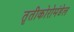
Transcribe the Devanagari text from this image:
तृतीकोरोमंडेल